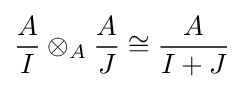
{\frac {A}{I}}\otimes _{A}{\frac {A}{J}}\cong {\frac {A}{I+J}}